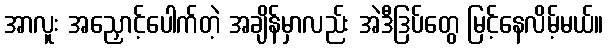
အာလူး အညှောင့်ပေါက်တဲ့ အချိန်မှာလည်း အဲဒီဒြပ်တွေ မြင့်နေလိမ့်မယ်။